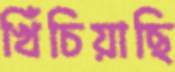
খিঁচিয়াছি